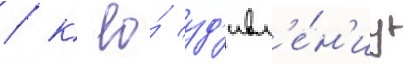
/ к ео́ уд'ивл'е́н'иу